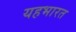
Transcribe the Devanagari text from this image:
यहभारत